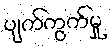
ပျက်ကွက်မှု